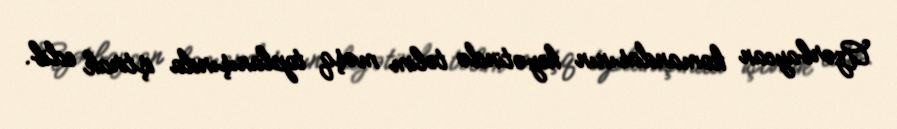
Azərbaycan komandasının heyətində təlim məşq toplanışında iştirak edib.